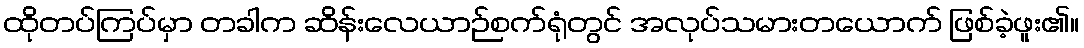
ထိုတပ်ကြပ်မှာ တခါက ဆိန်းလေယာဉ်စက်ရုံတွင် အလုပ်သမားတယောက် ဖြစ်ခဲ့ဖူး၏။